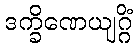
ဒက္ခိဏေယျဂ္ဂိံ